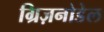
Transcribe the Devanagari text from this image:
ग्रिज़नोडेल